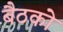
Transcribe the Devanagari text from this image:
बैठको